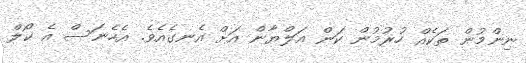
ނިންމުން ތަކެއް ހުރުމުން ކަން އަލްޔާން އަށް އެނގެއެވެ. އެހެނަސް އެ ކޯލް